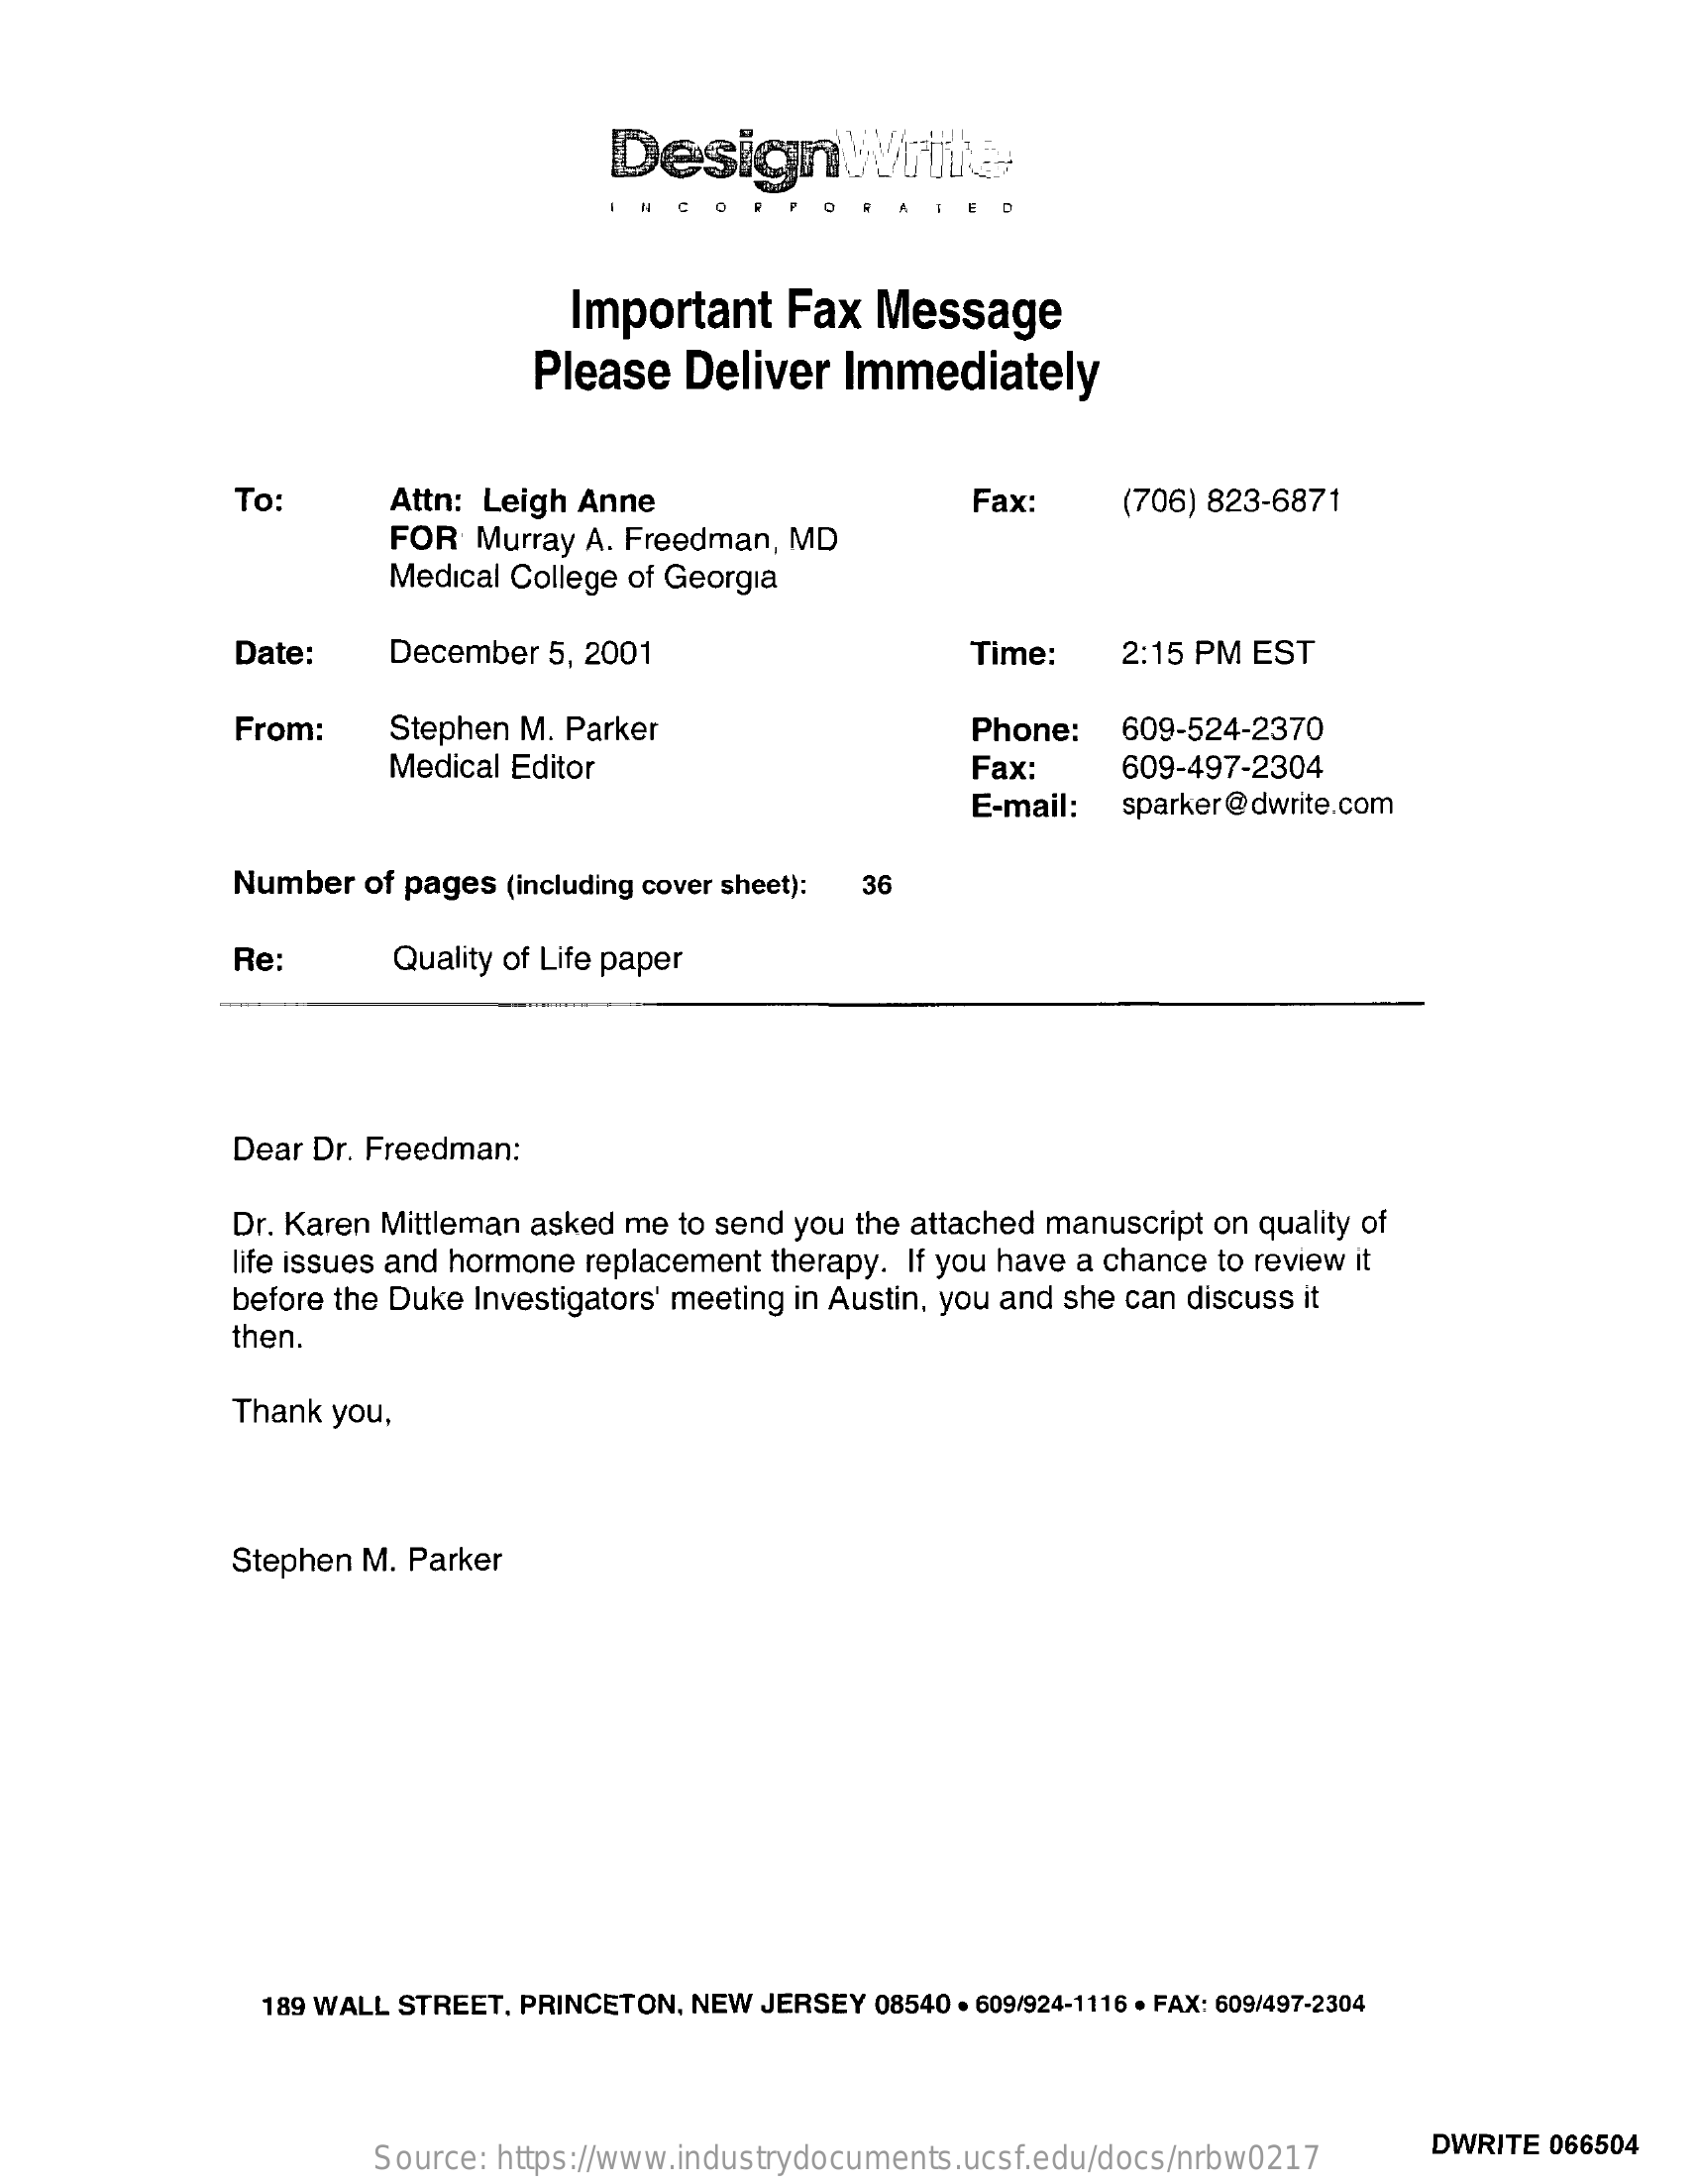
DesignWrite
     A  CO
     Important    Fax   Message
     Please   Deliver   Immediately
     To:    Attn: Leigh Anne    Fax:    (706) 823-6871
     FOR  Murray A. Freedman, MD
     Medical College of Georgia
     Date:    December  5, 2001    Time:    2:15 PM EST
     From:    Stephen M. Parker    Phone:   609-524-2370
     Medical Editor    Fax:    609-497-2304
     E-mail:  sparker@dwrite.com
     Number  of pages (including cover sheet): 36
     Re:    Quality of Life paper
     Dear Dr. Freedman:
     Dr. Karen Mittleman asked me to send you the attached manuscript on quality of
     life issues and hormone replacement therapy. If you have a chance to review it
     before the Duke Investigators' meeting in Austin, you and she can discuss it
     then.
     Thank you,
     Stephen M. Parker
     189 WALL STREET, PRINCETON, NEW JERSEY 08540 . 609/924-1116 · FAX: 609/497-2304
     Source: https://www.industrydocuments.ucsf.edu/docs/nrbw0217
     DWRITE 066504